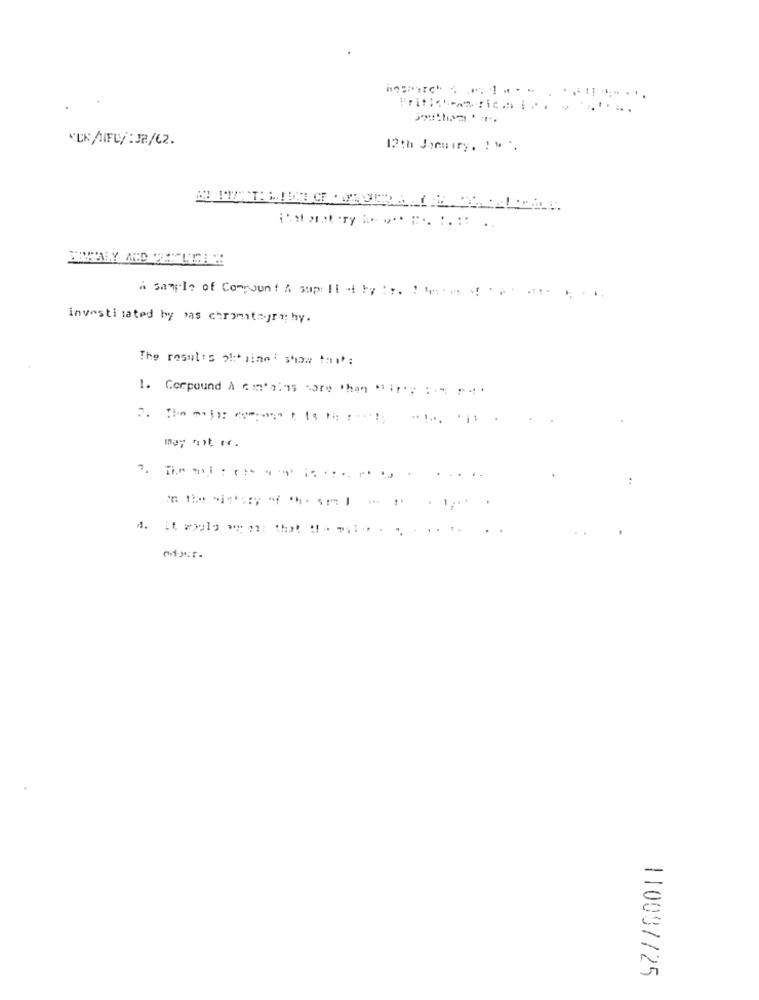
"EK /NIFU/ : JR/62.
12th January, ! " .
A sample of Commount & sup lidt by :r. : the
investi jated by was chromatography.
The results pl :* sine' show thit:
1. Corpound A con','95 core than Mir'; : * ...
110037/25